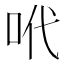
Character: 𠰺